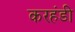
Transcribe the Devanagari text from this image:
करहंडी